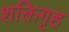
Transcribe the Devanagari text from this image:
शक्तिगृह